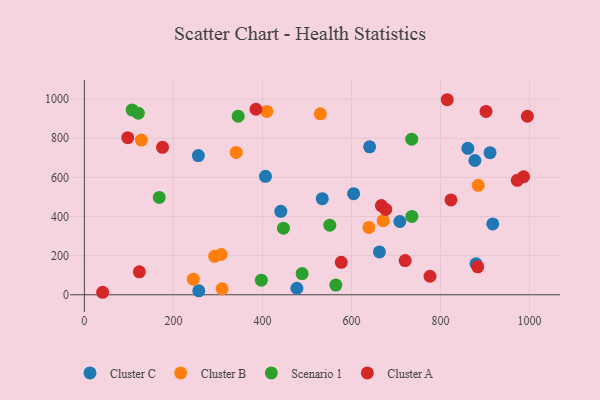
{"axis": {"x": "Study Hours", "y": "Yield"}, "legend": ["Cluster A", "Cluster B", "Cluster C", "Scenario 1"], "data": [{"x": "911.1", "y": 726.1, "type": "Cluster C"}, {"x": "604.7", "y": 516.8, "type": "Cluster C"}, {"x": "256.0", "y": 711.4, "type": "Cluster C"}, {"x": "441.2", "y": 426.6, "type": "Cluster C"}, {"x": "662.7", "y": 219.1, "type": "Cluster C"}, {"x": "917.3", "y": 362.3, "type": "Cluster C"}, {"x": "477.3", "y": 33.2, "type": "Cluster C"}, {"x": "534.3", "y": 491.3, "type": "Cluster C"}, {"x": "879.6", "y": 158.6, "type": "Cluster C"}, {"x": "861.4", "y": 748.5, "type": "Cluster C"}, {"x": "257.0", "y": 19.9, "type": "Cluster C"}, {"x": "708.6", "y": 374.5, "type": "Cluster C"}, {"x": "640.7", "y": 756.3, "type": "Cluster C"}, {"x": "406.8", "y": 605.5, "type": "Cluster C"}, {"x": "877.1", "y": 686.3, "type": "Cluster C"}, {"x": "530.0", "y": 925.0, "type": "Cluster B"}, {"x": "128.0", "y": 790.6, "type": "Cluster B"}, {"x": "292.6", "y": 196.3, "type": "Cluster B"}, {"x": "307.3", "y": 205.8, "type": "Cluster B"}, {"x": "409.8", "y": 937.0, "type": "Cluster B"}, {"x": "341.1", "y": 727.7, "type": "Cluster B"}, {"x": "884.6", "y": 559.3, "type": "Cluster B"}, {"x": "309.4", "y": 30.2, "type": "Cluster B"}, {"x": "244.7", "y": 79.6, "type": "Cluster B"}, {"x": "639.1", "y": 344.3, "type": "Cluster B"}, {"x": "671.2", "y": 378.7, "type": "Cluster B"}, {"x": "121.1", "y": 928.5, "type": "Scenario 1"}, {"x": "345.5", "y": 913.0, "type": "Scenario 1"}, {"x": "447.1", "y": 340.2, "type": "Scenario 1"}, {"x": "735.6", "y": 400.5, "type": "Scenario 1"}, {"x": "489.0", "y": 108.2, "type": "Scenario 1"}, {"x": "551.2", "y": 355.7, "type": "Scenario 1"}, {"x": "168.2", "y": 497.5, "type": "Scenario 1"}, {"x": "107.2", "y": 944.9, "type": "Scenario 1"}, {"x": "397.5", "y": 74.6, "type": "Scenario 1"}, {"x": "564.8", "y": 49.7, "type": "Scenario 1"}, {"x": "735.2", "y": 795.4, "type": "Scenario 1"}, {"x": "123.5", "y": 117.2, "type": "Cluster A"}, {"x": "175.5", "y": 753.6, "type": "Cluster A"}, {"x": "815.0", "y": 997.0, "type": "Cluster A"}, {"x": "972.4", "y": 584.9, "type": "Cluster A"}, {"x": "720.5", "y": 174.7, "type": "Cluster A"}, {"x": "577.0", "y": 166.0, "type": "Cluster A"}, {"x": "97.4", "y": 803.0, "type": "Cluster A"}, {"x": "995.0", "y": 912.6, "type": "Cluster A"}, {"x": "385.4", "y": 948.2, "type": "Cluster A"}, {"x": "823.4", "y": 484.9, "type": "Cluster A"}, {"x": "776.3", "y": 94.7, "type": "Cluster A"}, {"x": "883.5", "y": 142.9, "type": "Cluster A"}, {"x": "667.1", "y": 455.7, "type": "Cluster A"}, {"x": "902.0", "y": 937.3, "type": "Cluster A"}, {"x": "676.9", "y": 436.0, "type": "Cluster A"}, {"x": "986.5", "y": 603.3, "type": "Cluster A"}, {"x": "41.0", "y": 12.7, "type": "Cluster A"}]}